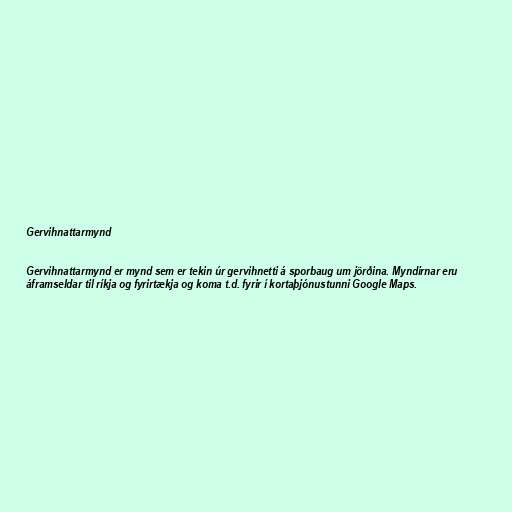
Gervihnattarmynd

Gervihnattarmynd er mynd sem er tekin úr gervihnetti á sporbaug um jörðina. Myndirnar eru
áframseldar til ríkja og fyrirtækja og koma t.d. fyrir í kortaþjónustunni Google Maps.